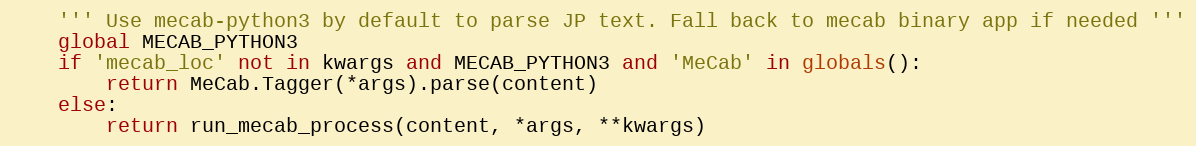
Language: Python
    ''' Use mecab-python3 by default to parse JP text. Fall back to mecab binary app if needed '''
    global MECAB_PYTHON3
    if 'mecab_loc' not in kwargs and MECAB_PYTHON3 and 'MeCab' in globals():
        return MeCab.Tagger(*args).parse(content)
    else:
        return run_mecab_process(content, *args, **kwargs)